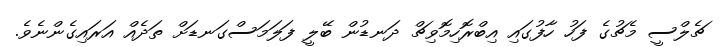
ޗެލްސީ މެޗުގެ ފަހު ހާފުގައި އިބްރޮހިމޮވިޗް ދަނޑުން ބޭލީ ފަލަމަސްގަނޑަށް ތަދެއް އަރައިގެންނެވެ.